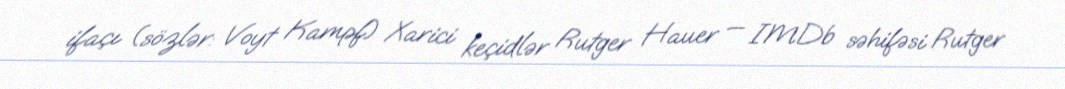
ifaçı (sözlər: Voyt Kampf) Xarici keçidlər Rutger Hauer — IMDb səhifəsi Rutger